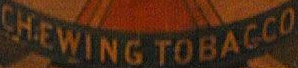
CHEWING TOBACCO